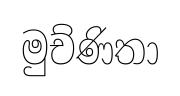
මුච්ණිතා